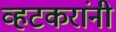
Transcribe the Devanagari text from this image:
व्हटकरांनी